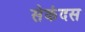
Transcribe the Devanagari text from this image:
सेकंदस